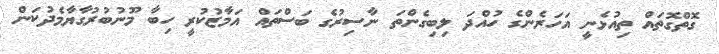
ގޮތްގޮތައް ތިއުޅެނީ އަހަރެންގެ ހުއްދަ ލިބިގެންތަ ނާސިރުގެ ބަސްތައް އަމާޒުކުރީ ހިބާ މޫނުބުރުގާޔާމެދުކަން